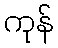
ကုန်